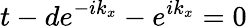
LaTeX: t-de^{-ik_{x}}-e^{ik_{x}}=0